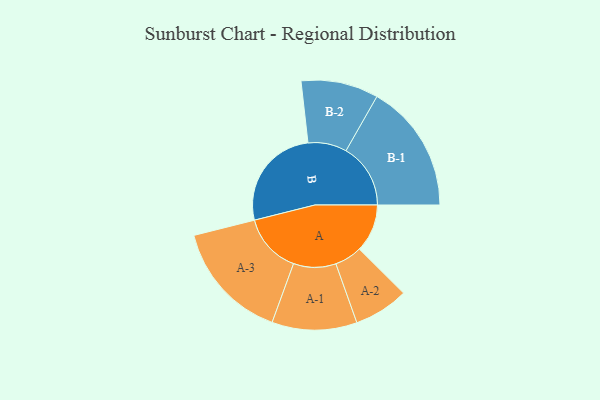
{"axis": {"x": "Segment", "y": "Value"}, "legend": ["", "A", "B"], "data": [{"x": "A", "y": 191, "type": ""}, {"x": "B", "y": 416, "type": ""}, {"x": "A-1", "y": 169, "type": "A"}, {"x": "A-2", "y": 109, "type": "A"}, {"x": "A-3", "y": 238, "type": "A"}, {"x": "B-1", "y": 257, "type": "B"}, {"x": "B-2", "y": 154, "type": "B"}]}